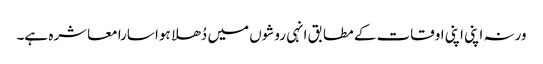
ورنہ اپنی اپنی اوقات کے مطابق انہی روشوں میں دُھلا ہوا سارا معاشرہ ہے۔